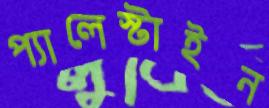
প্যালেস্টাইন